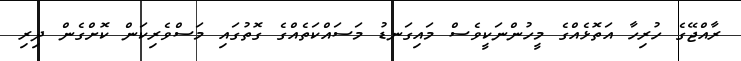
ރާއްޖޭގެ ހުރިހާ އަތޮޅެއްގެ މީހުންނަކީވެސް މައިގަނޑު މަސައްކަތެއްގެ ގޮތުގައި މަސްވެރިކަން ކޮށްގެން ދިރި